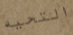
التحيه